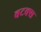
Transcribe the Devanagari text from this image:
बटक्स